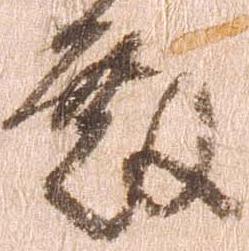
殿